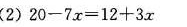
(2)20-7x=12+3x